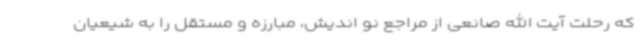
که رحلت آیت الله صانعی از مراجع نو اندیش، مبارزه و مستقل را به شیعیان